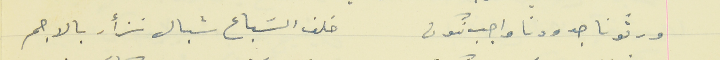
ورثونا جدودنا واجب نكون                                     خلف السَباع شبال نزأر بالاجم